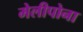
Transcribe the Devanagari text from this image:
मेलीपोना